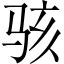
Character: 骇